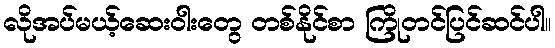
လိုအပ်မယ့်ဆေးဝါးတွေ တစ်နိုင်စာ ကြိုတင်ပြင်ဆင်ပါ။